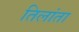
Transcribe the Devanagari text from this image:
तिलांता